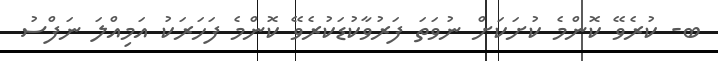
ބ- ކުރެވޭ ކޮންމެ ކުށަކަށް ނުވަތަ ފަރުވާކުޑަކުރެވޭ ކޮންމެ ފަހަރަކު އަމިއްލަ ނަފްސު